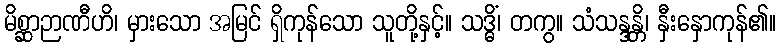
မိစ္ဆာဉာဏီဟိ၊ မှားသော အမြင် ရှိကုန်သော သူတို့နှင့်။ သဒ္ဓိံ၊ တကွ။ သံသန္ဒန္တိ၊ နှီးနှောကုန်၏။